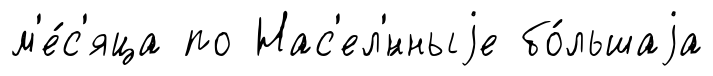
м'е́с'яца по Нас'ел'́нныjе бо́льшаjа